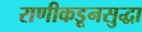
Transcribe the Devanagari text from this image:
राणीकडूनसुद्धा